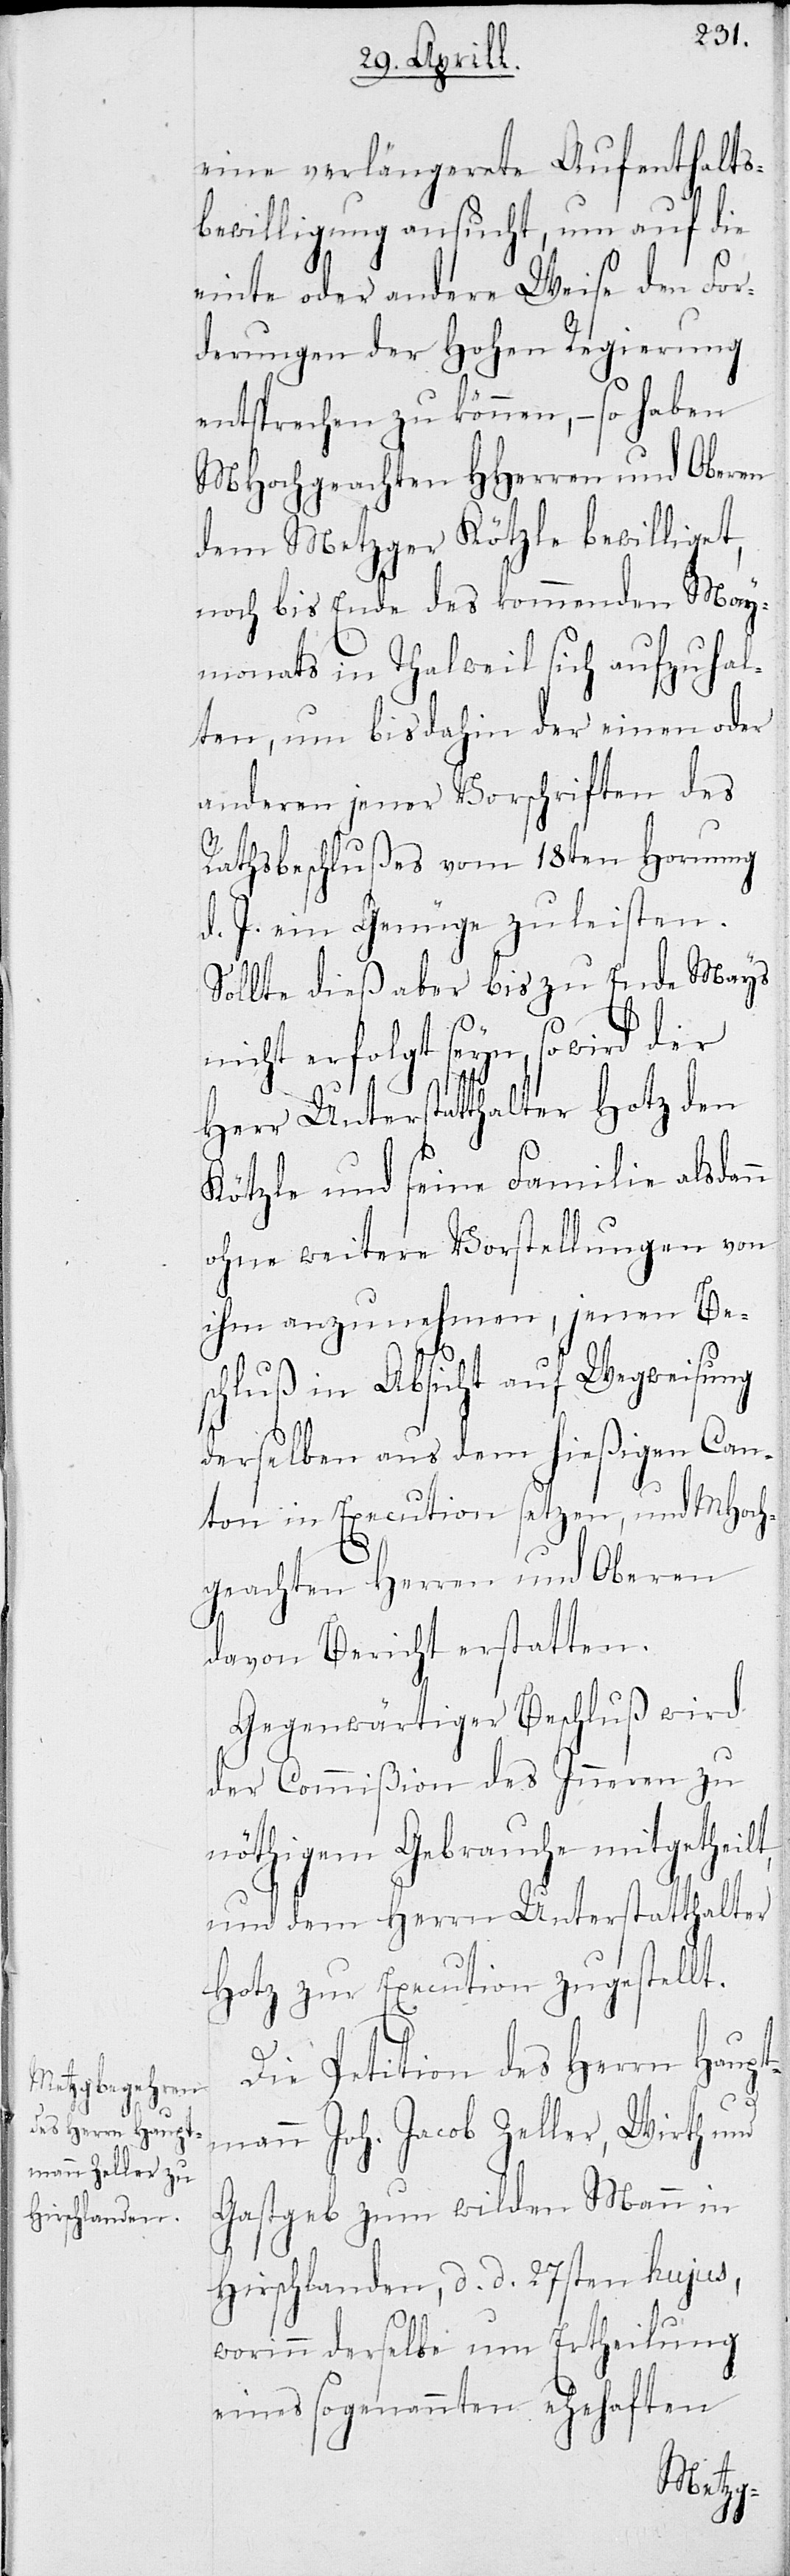
eine verlängerte Aufenthalts¬
bewilligung ansucht, um auf die
einte oder andere Weise den For¬
derungen der Hohen Regierung
entsprechen zu können, – so haben
MHochgeachten HHerren und Oberen
dem Metzger Kötzle bewilliget,
noch bis Ende des kommenden May¬
monats in Thalwil sich aufzuhal¬
ten, um bis dahin der einen oder
anderen jener Vorschriften des
Rathsbeschlußes vom 18ten Hornung
d. J. ein Genügen zu leisten.
Sollte dieß aber bis zu Ende Mays
nicht erfolgt seyn, so wird der
Herr Unterstatthalter Hotz den
Kötzle und seine Familie alsda¬
ohne weitere Vorstellungen von
ihm anzunehmen, jenen Be¬
schluß in Absicht auf Wegweisung
derselben aus dem hießigen Can¬
ton in Execution setzen, und MHoch¬
t,
geachten HHerren und Oberen
davon Bericht erstatten.
Gegenwärtiger Beschluß wird
der Commißion des Inneren zu
nöthigem Gebrauche mitgetheil¬
und dem Herrn Unterstatthalter
Hotz zur Execution zugestellt.
Die Petition des Herrn Haup¬
tmann Joh. Jacob Zeller, Wirth und
Gastgeb zum wilden Mann in
Hirschlanden, d. d. 27sten hujus,
worinn derselbe um Ertheilung
eines sogenannten ehehaften